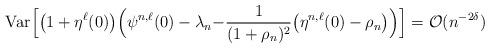
LaTeX: \begin{align*}\textrm{Var}\Big[\big(1+\eta^\ell(0)\big)\Big(\psi^{n,\ell}(0)-\lambda_n-&\frac{1}{(1+\rho_n)^2}\big(\eta^{n,\ell}(0)-\rho_n\big)\Big)\Big] = \mathcal O(n^{-2\delta})\end{align*}